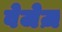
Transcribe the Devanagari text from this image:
वेजेज़